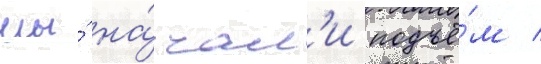
мы́ на́чал'и подъё́м /